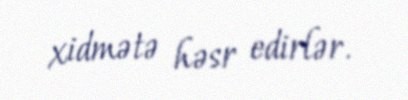
xidmətə həsr edirlər.